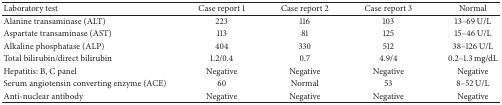
<table><thead><tr><td><b>Laboratory test </b></td><td><b>Case report 1</b></td><td><b>Case report 2</b></td><td><b>Case report 3</b></td><td><b>Normal</b></td></tr></thead><tbody><tr><td>Alanine transaminase (ALT)</td><td>223</td><td>116</td><td>103</td><td>13–69 U/L</td></tr><tr><td>Aspartate transaminase (AST)</td><td>113</td><td>81</td><td>125</td><td>15–46 U/L</td></tr><tr><td>Alkaline phosphatase (ALP)</td><td>404</td><td>330</td><td>512</td><td>38–126 U/L</td></tr><tr><td>Total bilirubin/direct bilirubin</td><td>1.2/0.4</td><td>0.7</td><td>4.9/4</td><td>0.2–1.3 mg/dL</td></tr><tr><td>Hepatitis: B, C panel</td><td>Negative</td><td>Negative</td><td>Negative</td><td>Negative</td></tr><tr><td>Serum angiotensin converting enzyme (ACE)</td><td>60</td><td>Normal</td><td>53</td><td>8–52 U/L</td></tr><tr><td>Anti-nuclear antibody</td><td>Negative</td><td>Negative</td><td>Negative</td><td>Negative</td></tr></tbody></table>